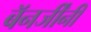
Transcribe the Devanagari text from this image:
बॅनर्जींनी